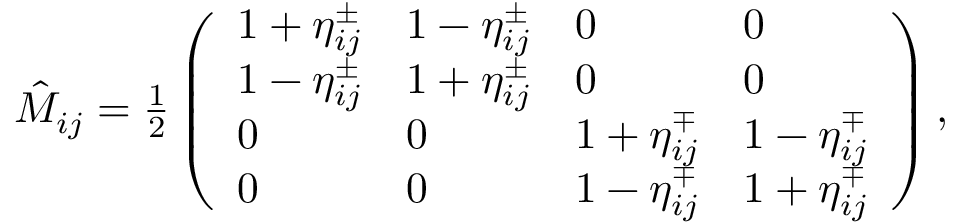
\begin{array} { r } { \hat { M } _ { i j } = \frac { 1 } { 2 } \left( \begin{array} { l l l l } { 1 + \eta _ { i j } ^ { \pm } } & { 1 - \eta _ { i j } ^ { \pm } } & { 0 } & { 0 } \\ { 1 - \eta _ { i j } ^ { \pm } } & { 1 + \eta _ { i j } ^ { \pm } } & { 0 } & { 0 } \\ { 0 } & { 0 } & { 1 + \eta _ { i j } ^ { \mp } } & { 1 - \eta _ { i j } ^ { \mp } } \\ { 0 } & { 0 } & { 1 - \eta _ { i j } ^ { \mp } } & { 1 + \eta _ { i j } ^ { \mp } } \end{array} \right) , } \end{array}